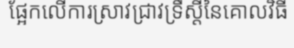
ផ្អែកលើការស្រាវជ្រាវទ្រឹស្តីនៃគោលវិធី